Punjab Mental Hospital Lahore 1922-31 - 1922-1931
Year: 1922
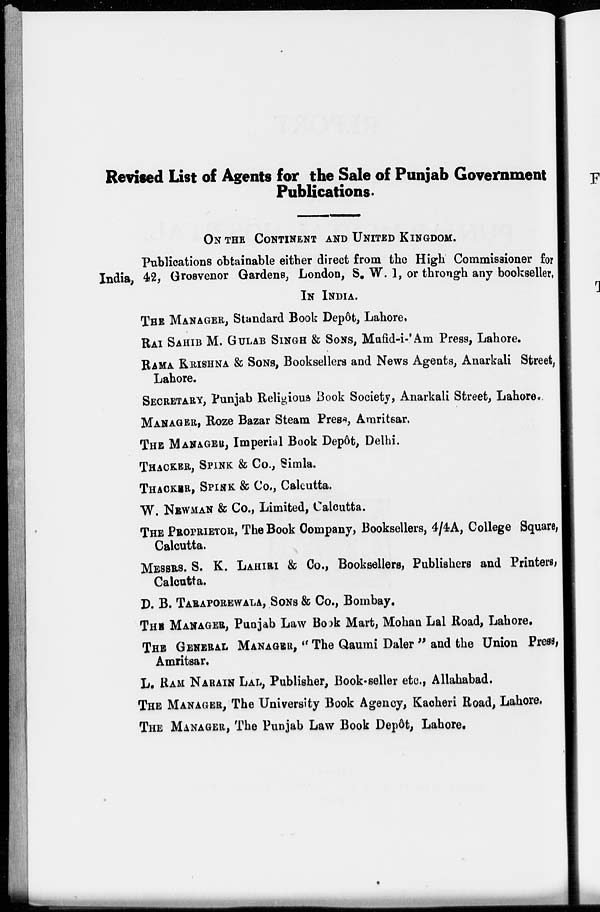
Revised List of Agents for the Sale of Punjab Government
Publications.
ON THE CONTINENT AND United KINGDOM.
Publications obtainable either direct from the High Commissioner for
India, 42, Grosvenor Gardens, London, S. W. 1, or through any bookseller,
IN INDIA.
THE MANAGER, Standard Book Depôt, Lahore.
RAI SAHIB M. GULAB SINGH & SONS, Mufid-i-'Am Press, Lahore.
RAMA KRISHNA & SONS, Booksellers and News Agents, Anarkali Street,
Lahore.
SECRETARY, Punjab Religious Book Society, Anarkali Street, Lahore.
MANAGER, Roze Bazar Steam Press, Amritsar.
THE MANAGER, Imperial Book Depôt, Delhi.
THACKER, SPINK & Co., Simla.
THACKER, SPINK & Co., Calcutta.
W. NEWMAN & Co., Limited, Calcutta.
THE PROPRIETOR, The Book Company, Booksellers, 4/4A, College Square,
Calcutta.
MESSRS. S. K. LAHIRI & Co., Booksellers, Publishers and Printers,
Calcutta.
D. B. TARAPOREWALA, SONS & Co., Bombay.
THE MANAGER, Punjab Law Book Mart, Mohan Lal Road, Lahore.
THE GENERAL MANAGER, "The Qaumi Daler" and the Union Press,
Amritsar.
L. RAM NARAIN LAL, Publisher, Book-seller etc., Allahabad.
THE MANAGER, The University Book Agency, Kacheri Road, Lahore.
THE MANAGER, The Punjab Law Book Depôt, Lahore.